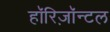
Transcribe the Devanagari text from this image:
हॉरिज़ॉन्टल